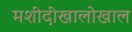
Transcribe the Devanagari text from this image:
मशीदीखालोखाल